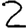
Digit: 2